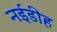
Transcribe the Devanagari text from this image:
नईडीह